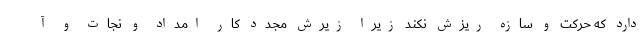
دارد که حرکت و سازه ریزش نکند زیرا زیرش مجدد کار امداد و نجات و آ